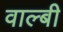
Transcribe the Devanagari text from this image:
वाल्बी